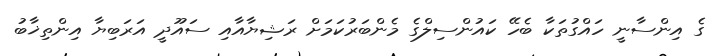
ގެ އިންސާނީ ހައްގުތަކާ ބެހޭ ކައުންސިލްގެ މެންބަރުކަމަށް ރަޝިޔާއާއި ސައޫދީ އަރަބިޔާ އިންތިޚާބު